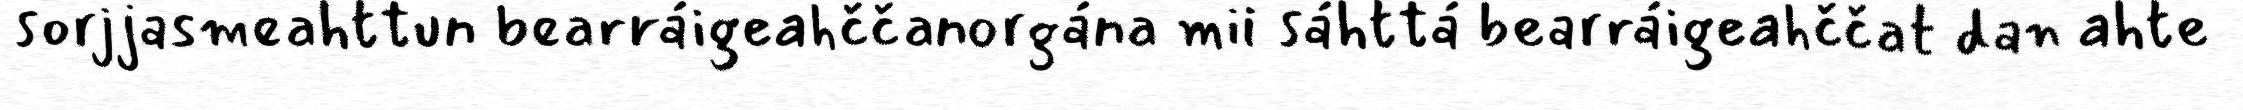
sorjjasmeahttun bearráigeahččanorgána mii sáhttá bearráigeahččat dan ahte